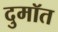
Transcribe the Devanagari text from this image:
दुमॉत